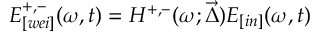
E _ { [ w e i ] } ^ { + , - } ( \omega , t ) = H ^ { + , - } ( \omega ; \vec { \Delta } ) E _ { [ i n ] } ( \omega , t )